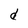
Character: d